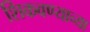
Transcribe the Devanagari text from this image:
शिकवण्याच्या